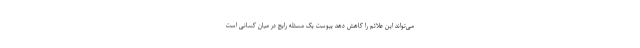
می‌تواند این علائم را کاهش دهد یبوست یک مسئله رایج در میان کسانی است